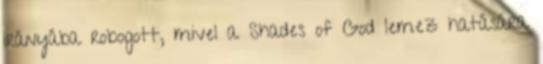
irányába robogott, mivel a Shades of God lemez hatására